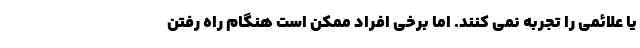
یا علائمی را تجربه نمی کنند. اما برخی افراد ممکن است هنگام راه رفتن